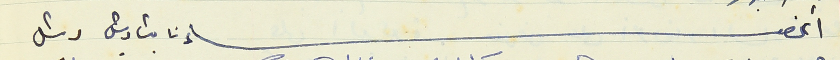
أعضاء نائب رئيس رئيس